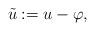
LaTeX: \begin{align*}\tilde{u} := u - \varphi,\end{align*}